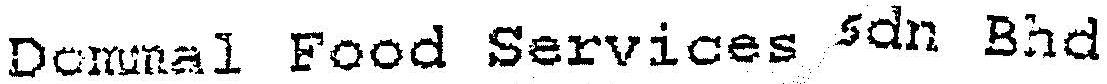
DOMMAL FOOD SERVICES SDN BHD